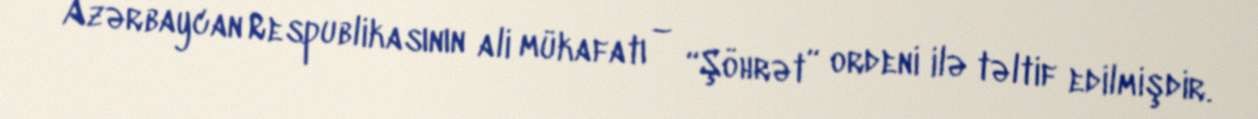
Azərbaycan Respublikasının ali mükafatı – “Şöhrət” ordeni ilə təltif edilmişdir.